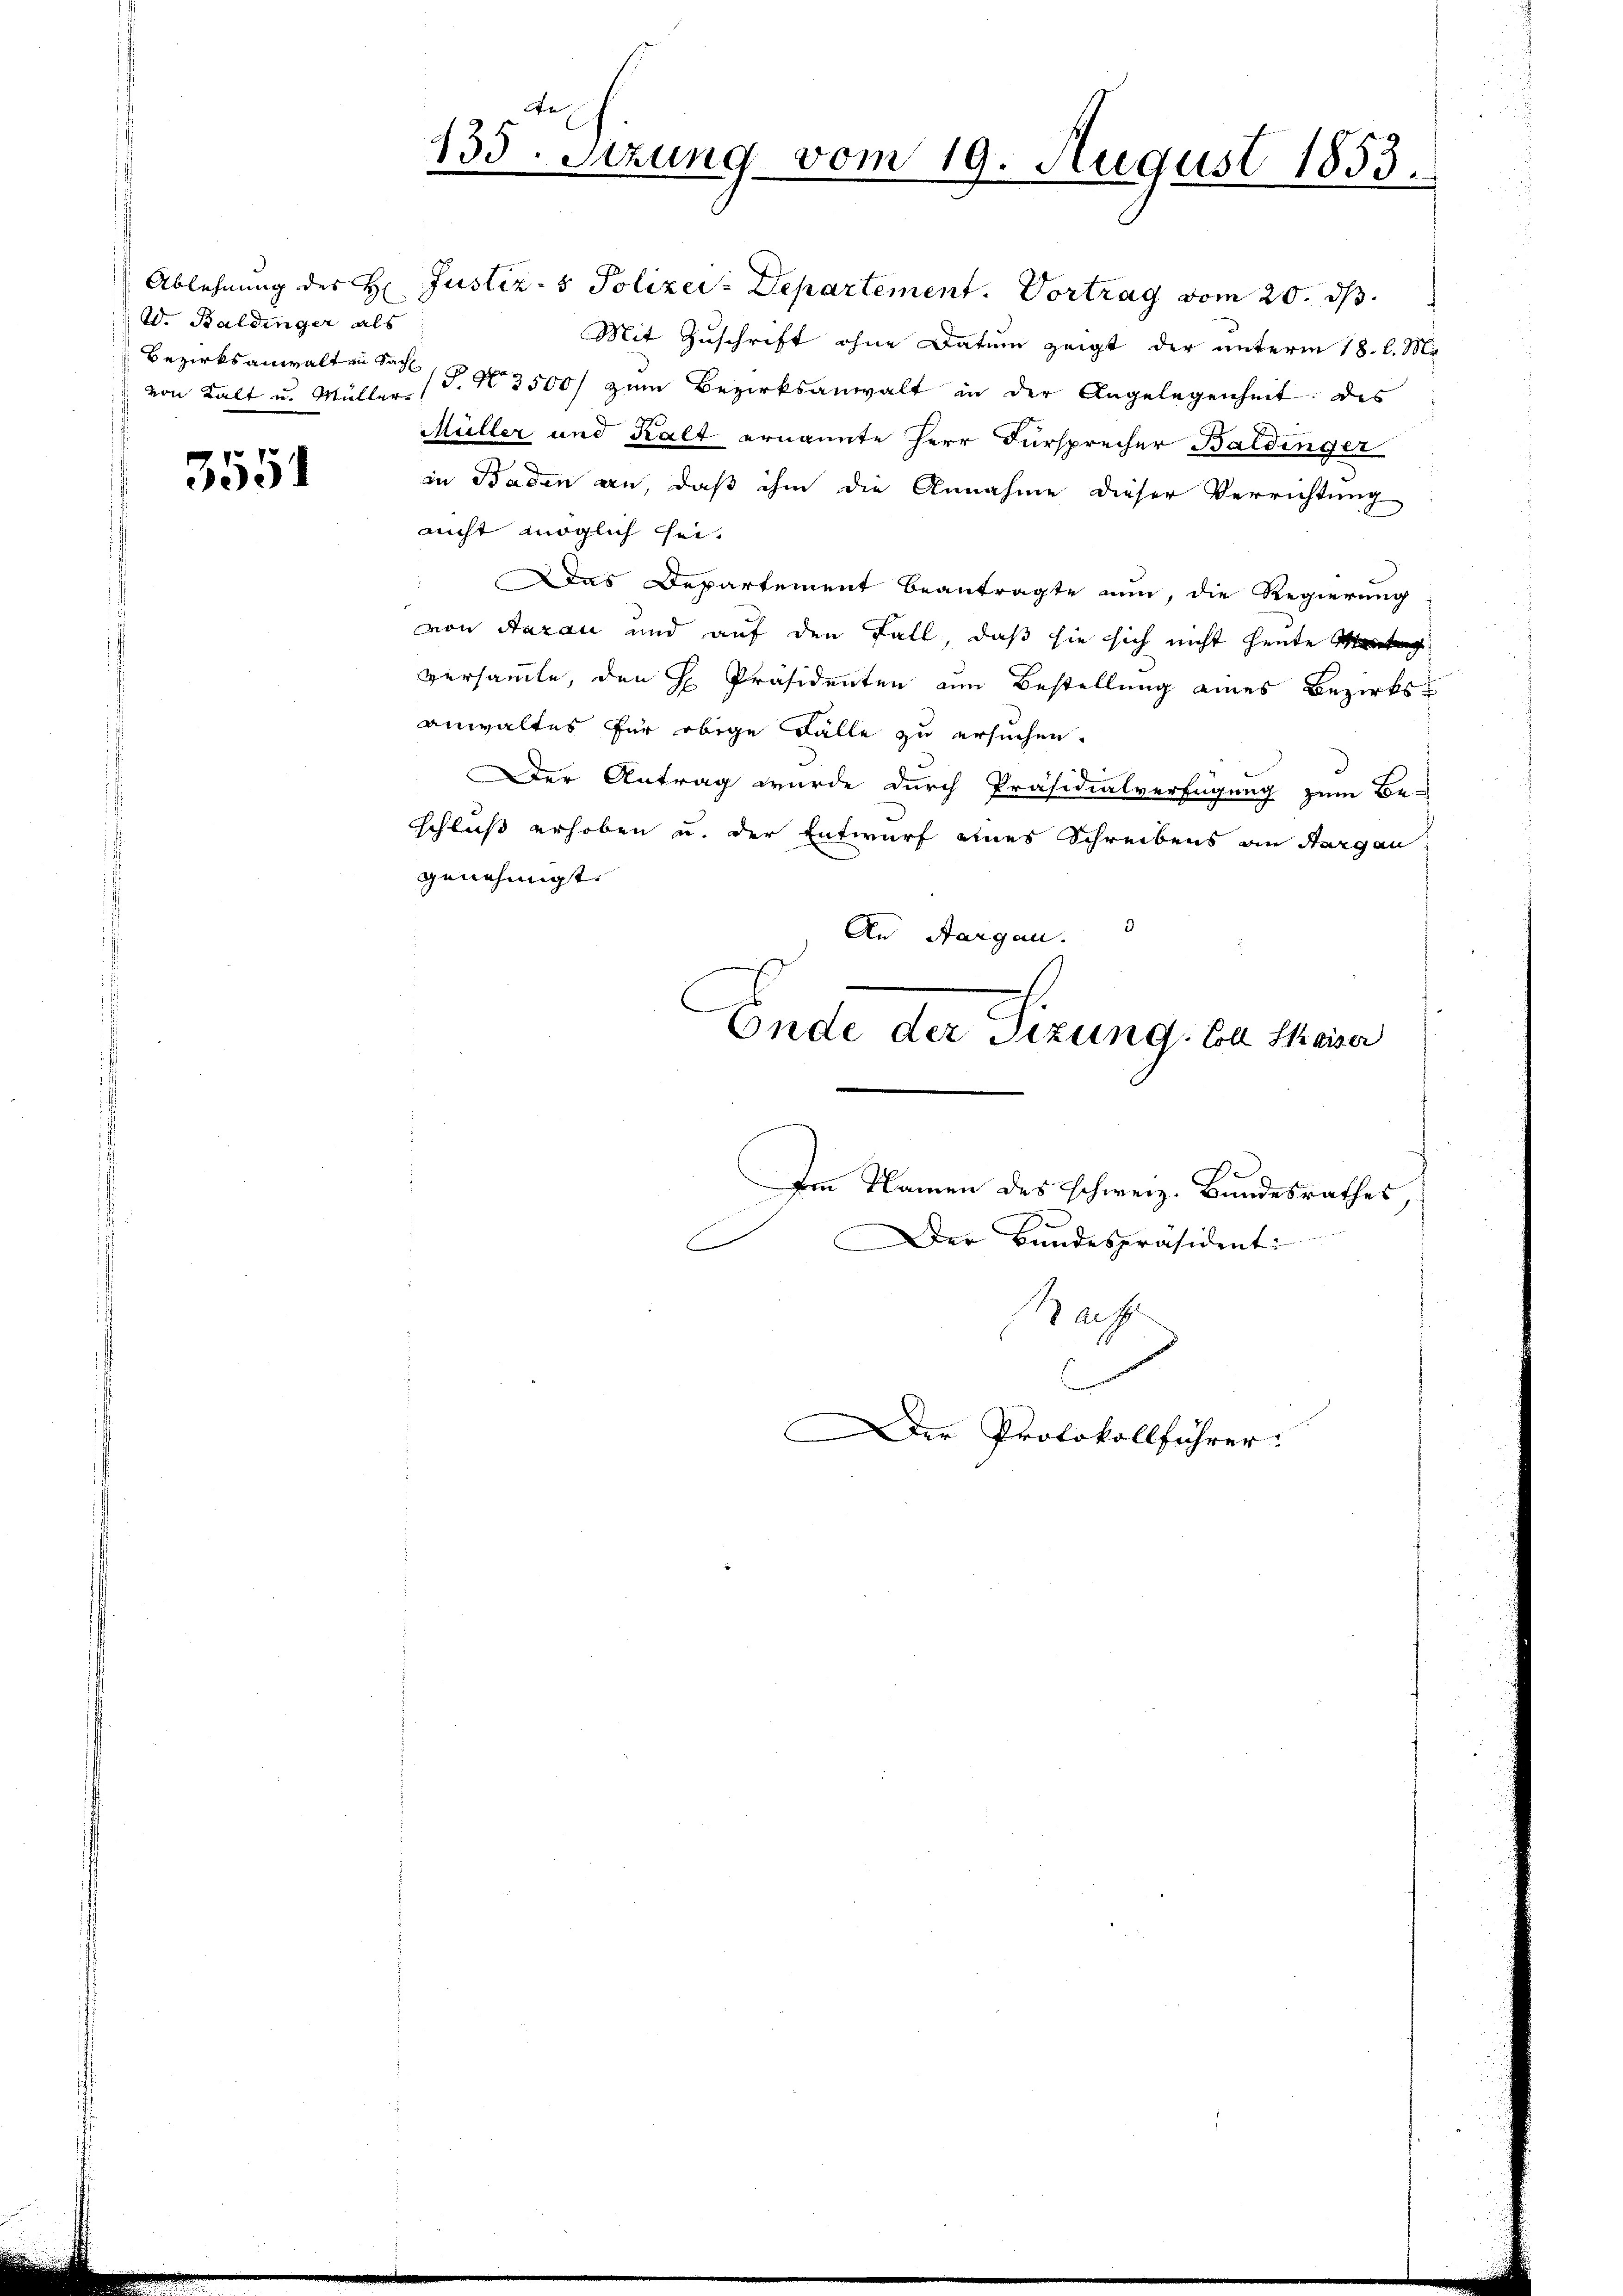
W. Baldinger als
 von Kalt u. Müller

355

An
135. Setzung vom 19. August 1853.

Ablehnung des H: Justiz- & Polizei-Departement. Vortrag vom 20. ds.
Mit Zuschrift ohne Datum zeigt der unterm 18. l. M.
Bezirksanwalten das No 3500 zum Bezirksanwalt in der Angelegenheit: des
Müller und Kalt ernannte Herr Fürsprecher Baldinger
in Baden an, daß ihm die Annahme dieser Verrichtung
nicht möglich sei.
 Das Departement beantragte nun, die Regierung
von Aarau und auf den Fall, daß sie sich nicht heute Montag
versammte, den H. Präsidenten am Bestellung eines Bezirksanwaltes für obige Fälle zu ersuchen.
Der Antrag wurde durch Präsidialverfügung zum Be-
schluß erhoben u. der Entwurf eines Schreibens an Sargau
genehmigt.
An Aargau.
Ende der Sizung. Da Heiser
Im Namen des schweiz. Bundesrathes,
Der Bundespräsidenti
f
B auf

Der Protokollführer

n